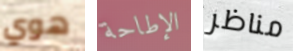
هوي الإطاحة مناظر